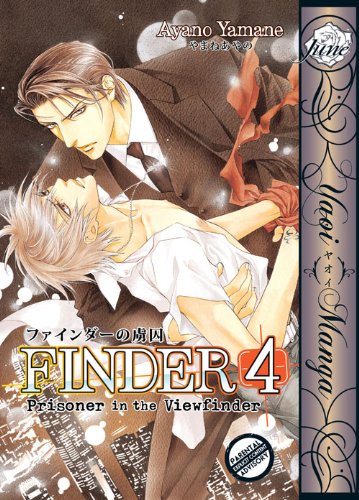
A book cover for Finder Volume 4: Prisoner in the View Finder (Yaoi); Ayano Yamane; Comics & Graphic Novels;